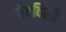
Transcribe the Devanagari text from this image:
पेटविली